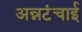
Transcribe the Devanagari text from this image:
अन्नटंचाई